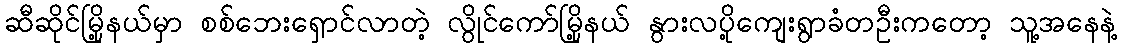
ဆီဆိုင်မြို့နယ်မှာ စစ်ဘေးရှောင်လာတဲ့ လွိုင်ကော်မြို့နယ် နွားလပို့ကျေးရွာခံတဦးကတော့ သူ့အနေနဲ့